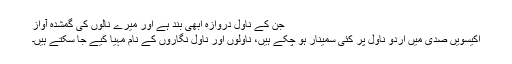
جن کے ناول دروازہ ابھی بند ہے اور میرے نالوں کی گمشدہ آواز
اکیسویں صدی میں اردو ناول پر کئی سمینار ہو چکے ہیں، ناولوں اور ناول نگاروں کے نام مہیا کیے جا سکتے ہیں۔